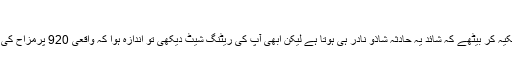
زیک, ‏اگست 7, 2019
ہم تو ریٹنگ وصول کرنے والے کی حیرانی پر تکیہ کر بیٹھے کہ شائد یہ حادثہ شاذو نادر ہی ہوتا ہے لیکن ابھی آپ کی ریٹنگ شیٹ دیکھی تو اندازہ ہوا کہ واقعی 920 پرمزاح کی ریٹنگز سے مختلف محفلین فیضیاب ہوچکے ہیں۔